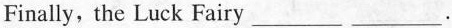
Finally, the Luck Fairy ___ ___ .